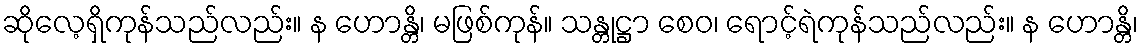
ဆိုလေ့ရှိကုန်သည်လည်း။ န ဟောန္တိ၊ မဖြစ်ကုန်။ သန္တုဋ္ဌာ စေဝ၊ ရောင့်ရဲကုန်သည်လည်း။ န ဟောန္တိ၊